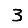
Digit: 3